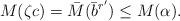
LaTeX: \begin{align*} M(\zeta c) = \bar M(\bar b^{r'}) \leq M(\alpha).\end{align*}